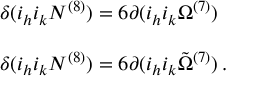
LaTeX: \begin{array} { r c l } { { } } & { { } } & { { \delta ( i _ { h } i _ { k } N ^ { ( 8 ) } ) = 6 \partial ( i _ { h } i _ { k } \Omega ^ { ( 7 ) } ) } } \\ { { } } & { { } } & { { } } \\ { { } } & { { } } & { { \delta ( i _ { h } i _ { k } { \cal N } ^ { ( 8 ) } ) = 6 \partial ( i _ { h } i _ { k } { \tilde { \Omega } } ^ { ( 7 ) } ) \, . } } \end{array}